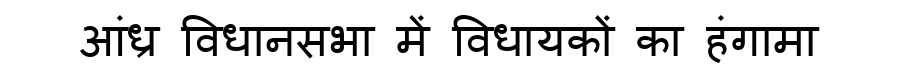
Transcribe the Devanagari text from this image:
आंध्र विधानसभा में विधायकों का हंगामा